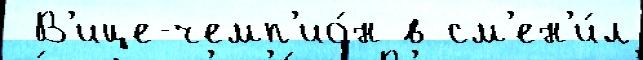
 В'ице-чемп'ио́н в см'ен'и́л